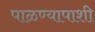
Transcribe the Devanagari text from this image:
पाळण्यापाशी